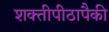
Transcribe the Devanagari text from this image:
शक्तीपीठापैकी